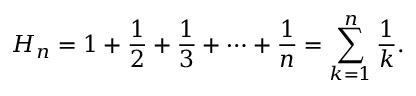
H _ { n } = 1 + { \frac { 1 } { 2 } } + { \frac { 1 } { 3 } } + \cdots + { \frac { 1 } { n } } = \sum _ { k = 1 } ^ { n } { \frac { 1 } { k } } .